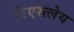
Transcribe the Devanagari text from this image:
रिएस्त्लेय